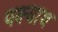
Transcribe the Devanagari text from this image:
पक्ष्याच